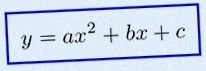
y=ax^2+bx+c